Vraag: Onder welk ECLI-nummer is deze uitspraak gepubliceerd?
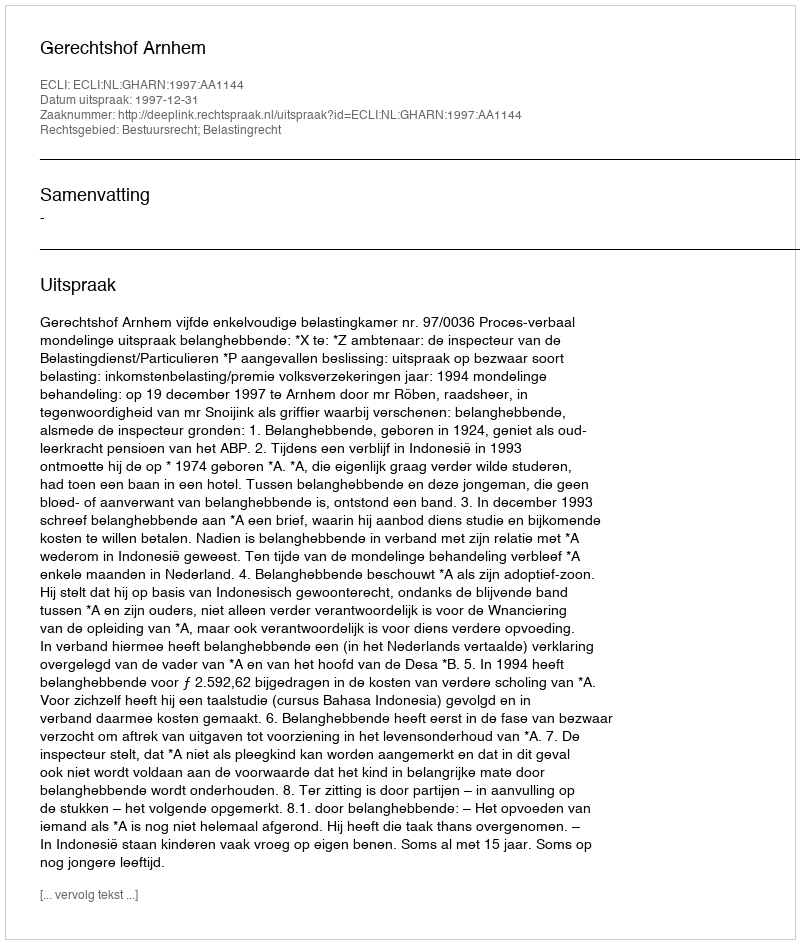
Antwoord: ECLI:NL:GHARN:1997:AA1144